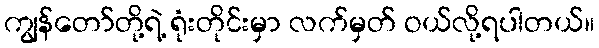
ကျွန်တော်တို့ရဲ့ ရုံးတိုင်းမှာ လက်မှတ် ဝယ်လို့ရပါတယ်။